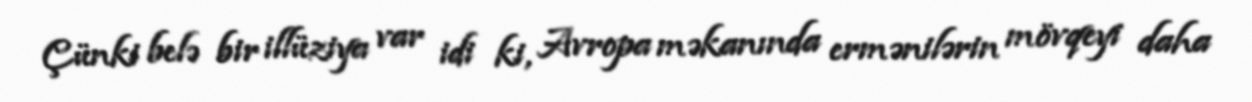
Çünki belə bir illüziya var idi ki, Avropa məkanında ermənilərin mövqeyi daha